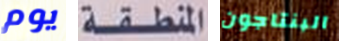
يوم المنطقة البنتاجون